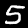
Label: 5